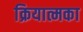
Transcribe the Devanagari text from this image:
क्रियात्मका